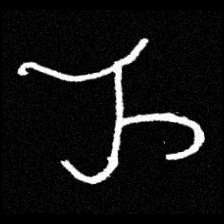
Pyu character \u2014 Myanmar letter: ည (romanized: nya)